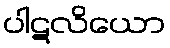
ပါဋလိယော